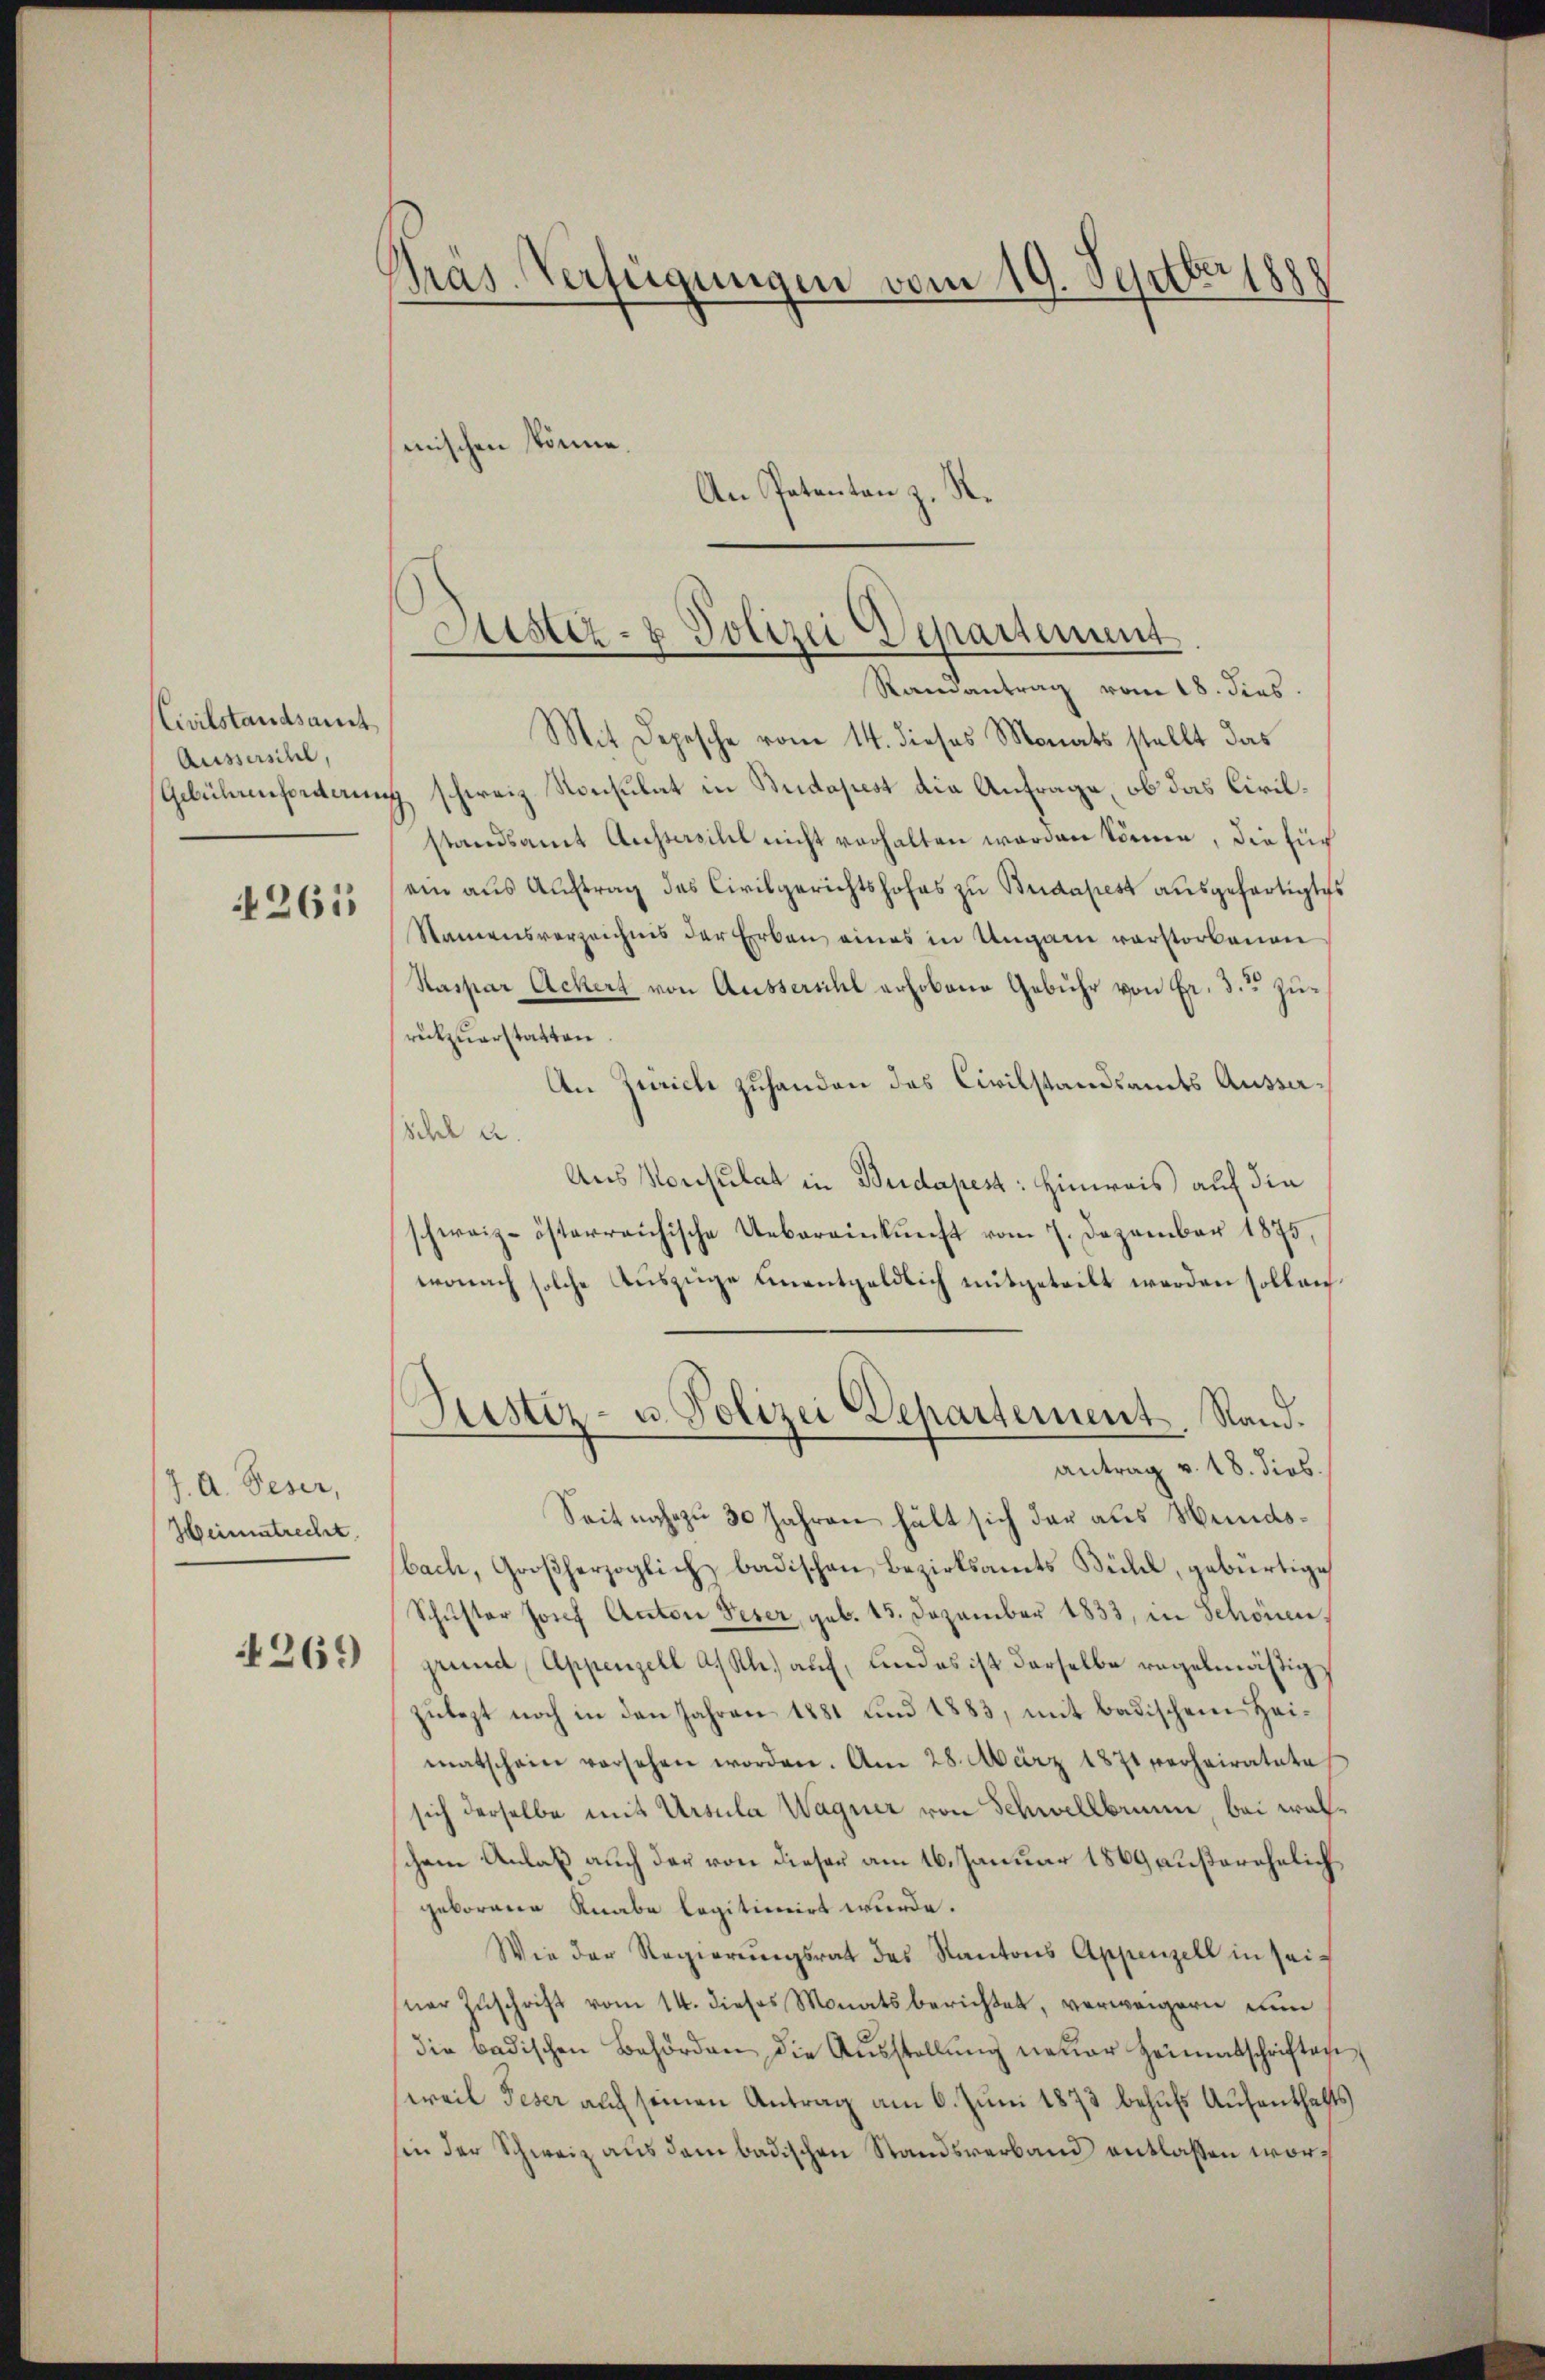
Civilstandsamt
Aussersihl,
Gebührenforderun

4261

J. A. Deser,
Weimatrecht.

269

Pras. Verfügungen vom 19. Septbr 1888
mischen könne.
An Patenten z. R.

Mit Depesche vom 14. dieses Monats stellt das
J schweiz. Konsulat in Budapest die Anfrage, ob das Civilstandsamt Aussersilil nicht verhalten worden können, die für
ein aus Auftrag des Civilgerichtshofes zu Budapest ausgefertigtes
Namensverzeichnis der Erben eines in Ungarn verstorbenen
Kaspar Ackert von Aussersihl erhobene Gebühr von Fr. 3. zurükzuerstatten.
An Zürich zuhanden das Civilstandsamts Ausser¬
Schel u.
Aus Konsulat in Budapest: Hinweis auf die
schweiz-österreichische Uebereinkunft vom 7. Dezember 1875,
wonach solche Auszüge unentgeldlich mitgeteilt werden sollen.
Seit nahezu 30 Jahren hält sich der aus Wundsbach, Großherzoglich badischen Bezirksamts Bühl, gebürtige
Schŭster Josef Anton Peter, geb. 15. Dezember 1833, in Schönen,
grund, Appenzell a/Rh. auf, und es ist derselbe regelmäßig
zulezt noch in den Jahren 1881 und 1883, mit badischem Heimatschein versehen worden. Am 28. März 1871 verheiratete
sich derselbe mit Ursula Wagner von Schwellbrunn bei walchem Anlaß auch der von dieser am 16. Januar 1869 außerehelich
geborene Knabe legitimirt wurde.
Wie der Regierŭngsrat des Kantons Appenzell in seisner Zuschrift vom 14. dieses Monatsberichtet, verweigern nun
die badischen Behörden die Aŭsstellŭng neuer Heimatschriften
weil Feser auf seinen Antrag am 6. Juni 1873 behufs Aufenthafts
in der Schweiz aus dem badischen Standsverband entlassen wor¬

Sistiz- & Polizei Departement
Randantrag vom 18. dies

(Justiz- u. Polizei Departement. Stand.
antrag v. 18. dies.